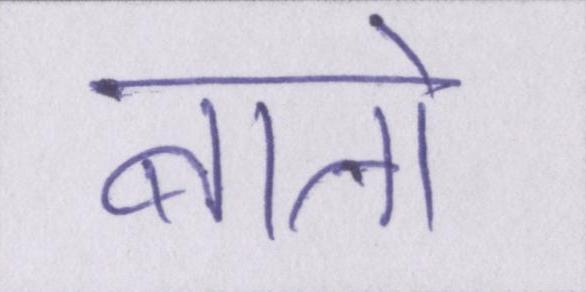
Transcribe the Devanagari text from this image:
बातो